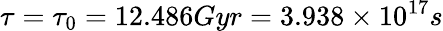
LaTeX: \tau=\tau_{0}=12.486Gyr=3.938\times 10^{17}s